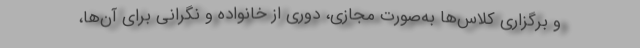
و برگزاری کلاس‌ها به‌صورت مجازی، دوری از خانواده و نگرانی برای آن‌ها،